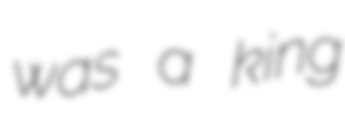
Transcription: was a king